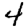
Digit: 4